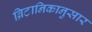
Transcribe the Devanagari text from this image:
ब्रिटानिकानुसार